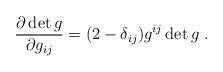
LaTeX: \begin{align*}\frac{\partial \det g}{\partial g_{ij}} = (2-\delta_{ij})g^{ij} \det g\ .\end{align*}